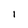
Character: I